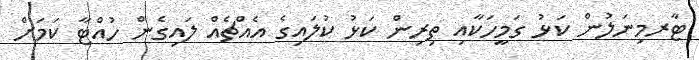
ޓާރމިނަލުން ކަޅު ގަމީހަކާއި ތިރިން ކަޅު ކުލައިގެ އެއްޗެއް ލައިގެން ހުއްޓާ ކަމަށް